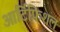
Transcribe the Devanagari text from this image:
आर्टिफ़िशल